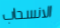
الانسحاب